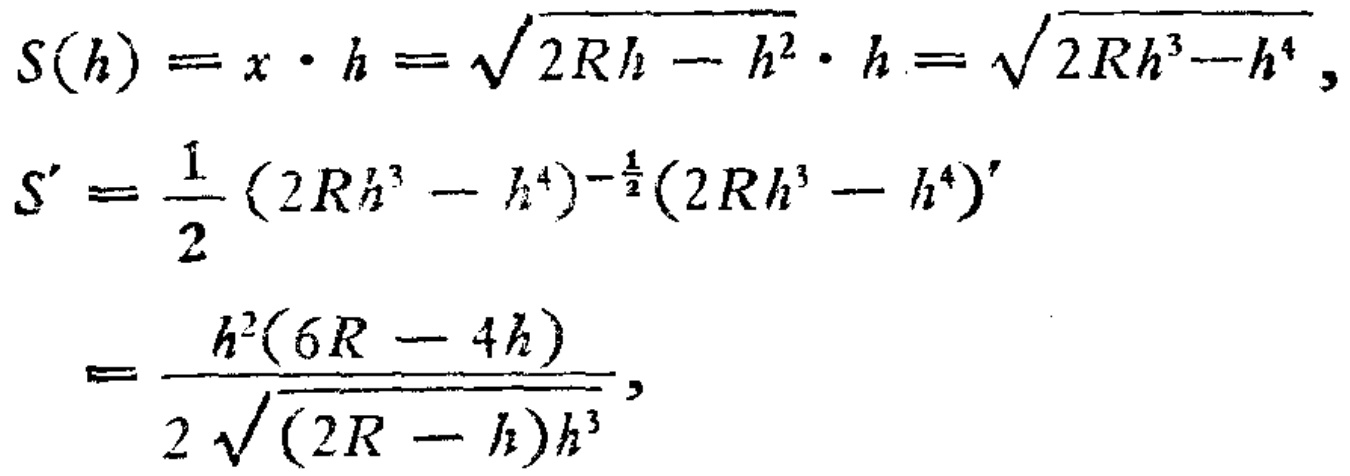
\[
\begin{align*}
S(h)&=x\cdot h = \sqrt{2Rh - h^{2}}\cdot h=\sqrt{2Rh^{3}-h^{4}},\\
S^{\prime}&=\frac{1}{2}(2Rh^{3}-h^{4})^{-\frac{1}{2}}(2Rh^{3}-h^{4})^{\prime}\\
&=\frac{h^{2}(6R - 4h)}{2\sqrt{(2R - h)h^{3}}},
\end{align*}
\]